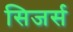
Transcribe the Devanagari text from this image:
सिजर्स